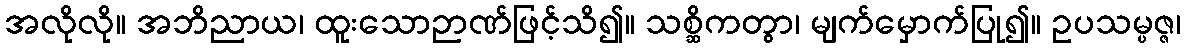
အလိုလို။ အဘိညာယ၊ ထူးသောဉာဏ်ဖြင့်သိ၍။ သစ္ဆိကတွာ၊ မျက်မှောက်ပြု၍။ ဥပသမ္ပဇ္ဇ၊